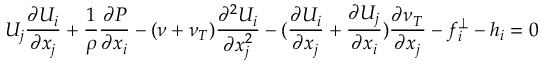
U _ { j } \frac { \partial U _ { i } } { \partial x _ { j } } + \frac { 1 } { \rho } \frac { \partial P } { \partial x _ { i } } - ( \nu + \nu _ { T } ) \frac { \partial ^ { 2 } U _ { i } } { \partial x _ { j } ^ { 2 } } - ( \frac { \partial U _ { i } } { \partial x _ { j } } + \frac { \partial U _ { j } } { \partial x _ { i } } ) \frac { \partial \nu _ { T } } { \partial x _ { j } } - f _ { i } ^ { \perp } - h _ { i } = 0